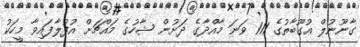
ގާނޫނުލް އުގޫބާތުގެ 111 ވަނަ މާއްދާގެ ދަށުން ޝާހުގެ މައްޗަށް އުފުލާފައިވާ މީހަކު